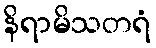
နိရာမိသတရံ